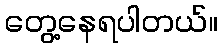
တွေ့နေရပါတယ်။